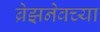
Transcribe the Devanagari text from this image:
ब्रेझनेवच्या